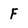
Character: F